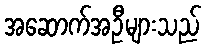
အဆောက်အဦများသည်